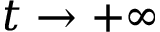
t \rightarrow + \infty